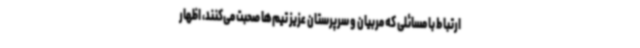
ارتباط با مسائلی که مربیان و سرپرستان عزیز تیم‌ها صحبت می‌کنند، اظهار